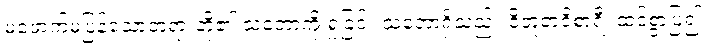
မဖောက်မပြန်သောတရားတို့၏ သဘောကို ရှုခြင်း သဘောရှိသည်။ ဝိဘူတဝိစာရီ၊ ထင်စွာပြ၍